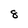
Character: 8